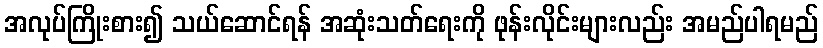
အလုပ်ကြိုးစား၍ သယ်ဆောင်ရန် အဆုံးသတ်ရေးကို ဖုန်းလိုင်းများလည်း အမည်ပါရမည်